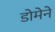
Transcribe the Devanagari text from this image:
डोमेने